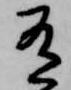
有